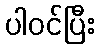
ပါဝင်ပြီး